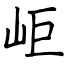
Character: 岠